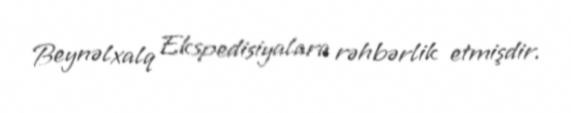
Beynəlxalq Ekspedisiyalara rəhbərlik etmişdir.